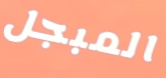
المبجل